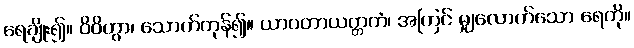
ရေချိုး၍။ ဝိဝိတွာ၊ သောက်ကုန်၍။ ယာဝတာယတ္တကံ၊ အကြင် မျှလောက်သော ရေကို။